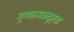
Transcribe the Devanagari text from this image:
गुणात्मकदृष्ट्या